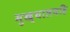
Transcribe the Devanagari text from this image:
मुख्यालयहि